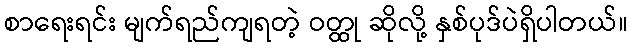
စာရေးရင်း မျက်ရည်ကျရတဲ့ ဝတ္ထု ဆိုလို့ နှစ်ပုဒ်ပဲရှိပါတယ်။